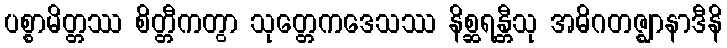
ပစ္စာမိတ္တဿ စိတ္တီကတွာ သုတ္တေကဒေသဿ နိစ္ဆရန္တီသု အဓိဂတဇ္ဈာနာဒီနိ